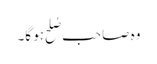
وہ صاحب صُلح ہو گا۔